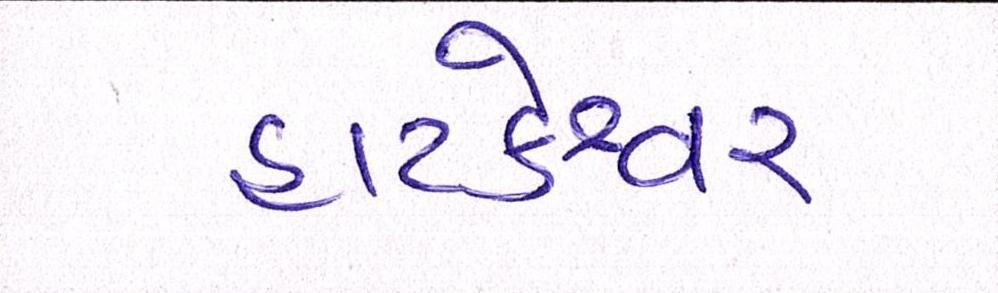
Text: હાટકેશ્વર